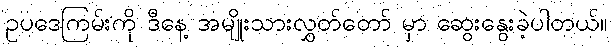
ဥပဒေကြမ်းကို ဒီနေ့ အမျိုးသားလွှတ်တော် မှာ ဆွေးနွေးခဲ့ပါတယ်။